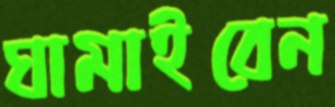
ঘামাইবেন